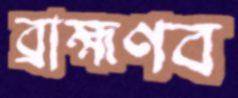
ব্রাহ্মণব